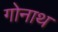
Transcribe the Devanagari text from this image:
गोनाथ